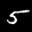
Label: 5